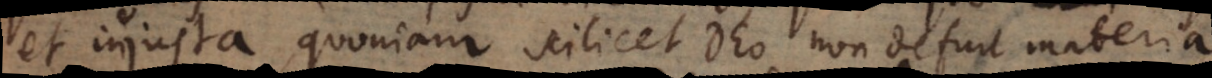
et injusta, quoniam scilicet Deo non defuit materia